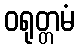
ဝရုတ္တမံ